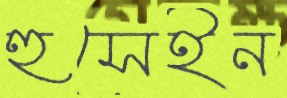
হুসেইন